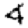
Digit: 4